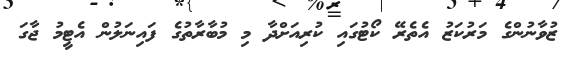
ޒުވާނުންގެ މަރުކަޒު އެތެރޭ ކޯޓުގައި ކުރިއަށްދާ މި މުބާރާތުގެ ފައިނަލުން އެޓީމު ޖާގަ